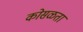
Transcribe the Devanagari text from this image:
कोसळता